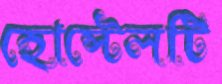
হোস্টেলটি